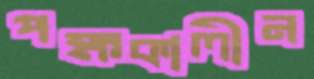
পক্ষকালীন